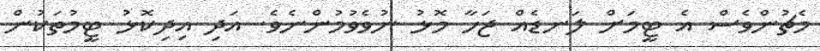
މެޗުންވެސް އެ ޓީމަށް ލަނޑެއް ޖަހާ މޮޅު ނުވެވުމުންނެވެ. އަދި އިދިކޮޅު ޓީމުތަކުން